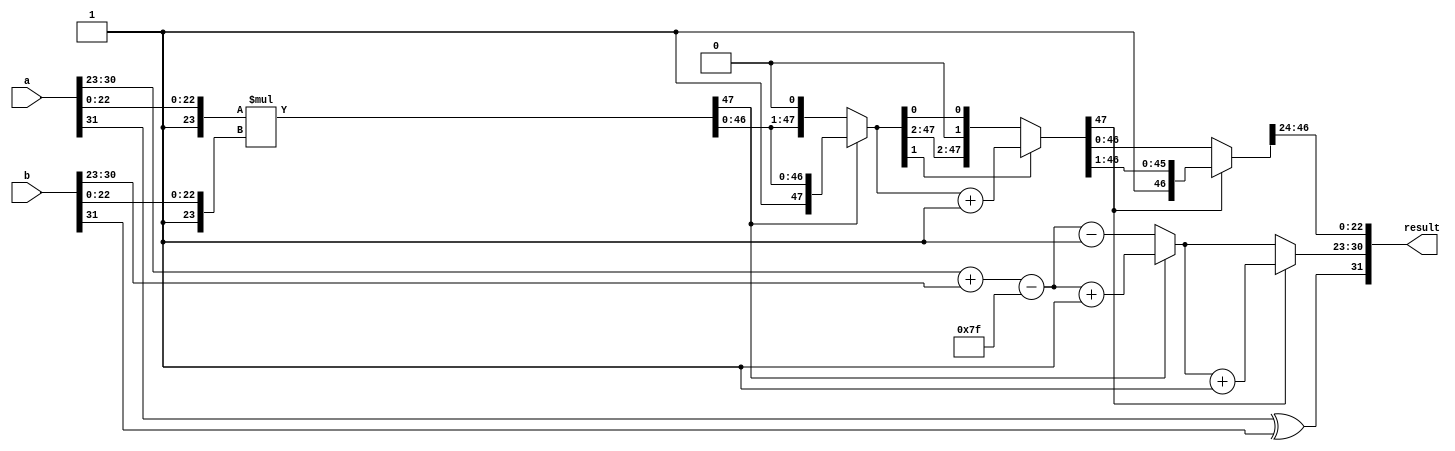
module radix2_fp_multiplier (
    input [31:0] a, // Input floating-point number A
    input [31:0] b, // Input floating-point number B
    output reg [31:0] result // Output floating-point number (A * B)
);

    // Constants for IEEE 754 single precision
    parameter EXPONENT_BIAS = 127;
    parameter SIGNIFICAND_WIDTH = 23;

    // Internal signals
    wire sign_a, sign_b;
    wire [7:0] exponent_a, exponent_b;
    wire [23:0] significand_a, significand_b;
    wire [7:0] resultant_exponent;
    wire resultant_sign;

    // Extract sign, exponent and significand
    assign sign_a = a[31];
    assign exponent_a = a[30:23];
    assign significand_a = {1'b1, a[22:0]}; // Implicit leading 1 for normalized
    assign sign_b = b[31];
    assign exponent_b = b[30:23];
    assign significand_b = {1'b1, b[22:0]}; // Implicit leading 1 for normalized

    // Determine the sign of the result
    assign resultant_sign = sign_a ^ sign_b;

    // Calculate resultant exponent
    assign resultant_exponent = (exponent_a + exponent_b - EXPONENT_BIAS);

    // Multiplication of significands
    wire [47:0] significand_product; // Extra bits for multiplication
    assign significand_product = significand_a * significand_b;

    // Normalization and rounding
    reg [47:0] normalized_significand;
    reg [7:0] adjusted_exponent;
    always @(*) begin
        /* Normalization */
        if (significand_product[47]) begin
            // Already normalized
            normalized_significand = significand_product;
            adjusted_exponent = resultant_exponent + 1;
        end else begin
            // Shift right until normalized
            normalized_significand = significand_product << 1;
            adjusted_exponent = resultant_exponent - 1;
        end

        /* Rounding (basic towards nearest even) */
        // Check the rounding bit (just below the LSB of significand)
        if (normalized_significand[1]) begin
            // Round up for even
            normalized_significand = normalized_significand + 1;
        end

        /* Handle overflow of the significand */
        if (normalized_significand[47]) begin
            normalized_significand = normalized_significand >> 1;
            adjusted_exponent = adjusted_exponent + 1;
        end
    end

    // Construct the result
    always @(*) begin
        result[31] = resultant_sign; // Sign bit
        result[30:23] = adjusted_exponent; // Exponent
        result[22:0] = normalized_significand[46:24]; // Truncate to 23 bits
    end

endmodule